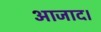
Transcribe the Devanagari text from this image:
आजाद।